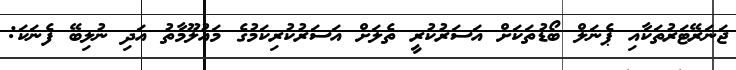
ޖަނަރޭޓަރުތަކާއި ޕެނަލް ބޯޑުތަކަށް އަސަރުކުރީ ތެލަށް އަސަރުކުރިކަމުގެ މައުލޫމާތު އަދި ނުލިބޭ ފެނަކަ: